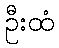
ဦးထံ